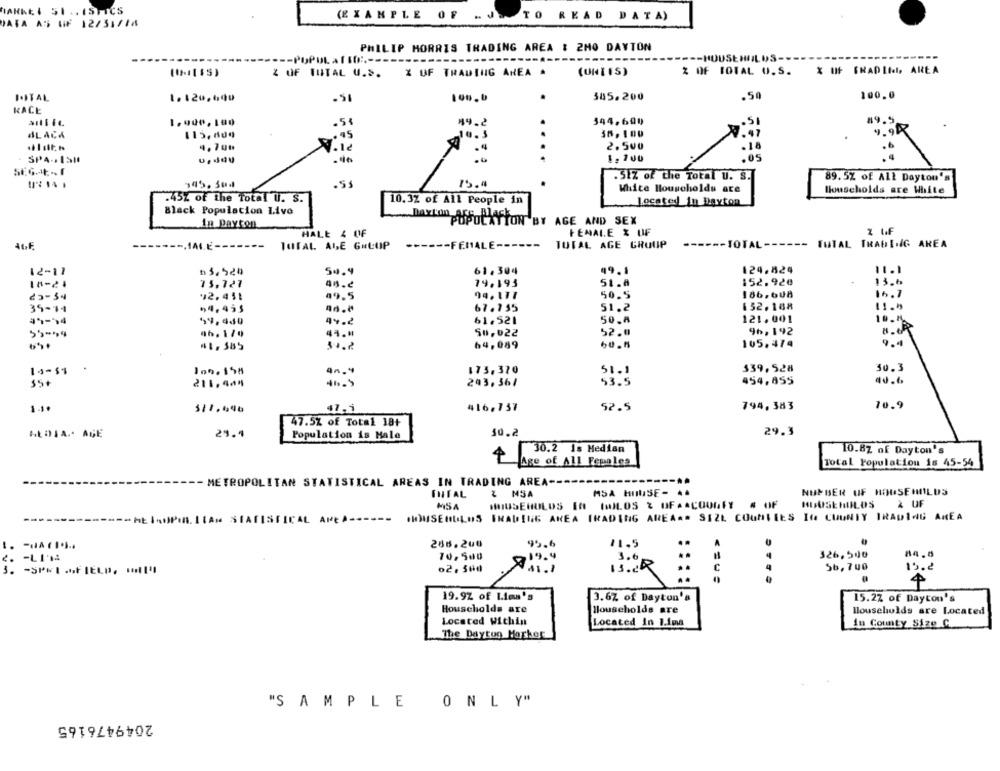
DATA AS UF 12/31/18
(EXAMPLE OF .J. TO READ DATA)
PHILIP MORRIS TRADING AREA : 2MO DAYTON
---------.
-------
--- HOUSE NUL
Z OF TUTAL U.S.
TUTAL U.S. X OF TRADING AREA .
(UNTIS)
% OF TOTAL U.S.
I.ITAL
1.120,690
365.200
.50
100.0
KACE
1.900,100
.54
49.2
344.600
.SI
BLACK
115,600
. 45
10. 3
36,100
4.700
2.500
.18
.4
SPA -. 13H
....
.05
.Siz of the Total U. S.
89.5% of All Dayton's
945. 304
75.4
White Households are
Households are White
.45% of the Total U. s.
10.3% of All People in
Located in Dayton
Black Population Live
in Dayton
DAYCOLPOSOLAYTON BY AGE AND SEX
FEMALE % OF
Z LF
HALE 4 OF
46F
ALE-
----
TOTAL. ALE GRLUP
------ FEMALE ------
TOTAL AGE GROUP
-TOTAL -
TUTAL TRADING AREA
12-11
৳5,520
54.9
61.304
49.1
124.424
11.1
18-21
75.727
79.193
51.8
152.920
136
94.111
186,608
16.7
12.451
49.5
50.5
39-14
54,455
67.155
51.2
152.188
11."
49-54
59,440
av.2
61.521
50.8
121. 001
10.8
46. 170
So, 022
52.0
95, 192
49 . "
#1. 585
64,089
105.414
9.4
15-$1
173,370
339,528
30.3
51 .1
$5+
211,444
293,36/
53.5
454,855
40.6
511.446
47.5
416,737
52.5
794,383
10.9
47.5% of Total 18+
29.3
ALDIA .- AGE
21.1
Population is Male
30.2
30.2 is Median
10.8% of Dayton's
Age of All Females
Total Population is 45-54
METROPOLITAN STATISTICAL AREAS IN TRADING AREA --
INTAL
Z MSA
MSA HOUSE- ..
NUMBER OF HOUSEHOLDS
MSA
HOUSEHOLDS IA IHILOS % OFACOOGFT # OF
HOUSE HILOS
& UF
TAN STATISTICAL AREA ------ HOUSEHOLDS TRADING AREA TRADING AREAR SIZE COUNTIES IN COUNTY TRADING AREA
- HE IsPIR LIAN STATISTICAL AREA-
268.200
95.6
11.5
A
70,500
19.4
3.6
326,500
2. - LIN
3. - SPRI -FIELD, . I !!!
02, 560
C
4
56, 700
15.2
4
19.9% of Lima's
3.6% of Dayton's
15.2% of Dayton's
Households are
Households are
Households are Located
Located Within
Located In 1.1ma
In County Size C
The Daytuo Market
"SAMPLE ONLY"
2049476165